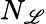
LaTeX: N_{\mathscr{L}}